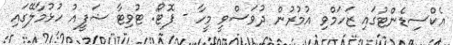
އެކްސިޑެންޓުގައި ޒަހަމްވި އުމުރުން ދުވަސްވީ މީހާ - ފޮޓޯ: ޓުވިޓާ ޝަފީއު ހުޅުމާލޭގައި